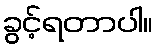
ခွင့်ရတာပါ။